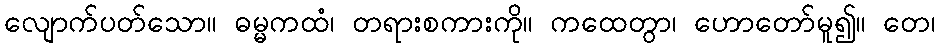
လျောက်ပတ်သော။ ဓမ္မကထံ၊ တရားစကားကို။ ကထေတွာ၊ ဟောတော်မူ၍။ တေ၊